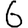
Digit: 6